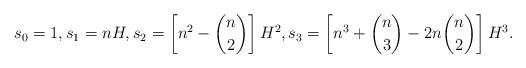
LaTeX: \begin{align*}s_0=1,s_1=nH,s_2 = \left[n^2-\binom{n}{2}\right] H^2,s_3= \left[n^3+\binom{n}{3}-2n\binom{n}{2}\right]H^3. \end{align*}